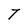
Character: T